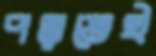
পড়তেই